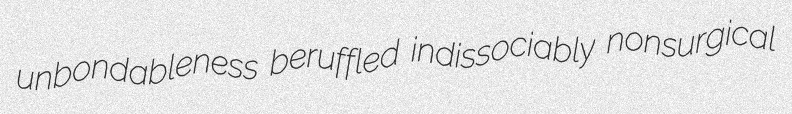
unbondableness beruffled indissociably nonsurgical